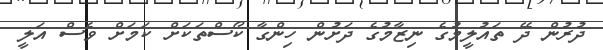
ދުރުން ދޭ ތައުލީމުގެ ނިޒާމުގެ ދަށުން ހިންގާ ކޯސްތަކަށް ކަމަށް ވެސް އަލީ